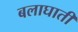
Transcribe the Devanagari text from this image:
बलाघाती